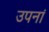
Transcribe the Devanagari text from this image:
उपनां